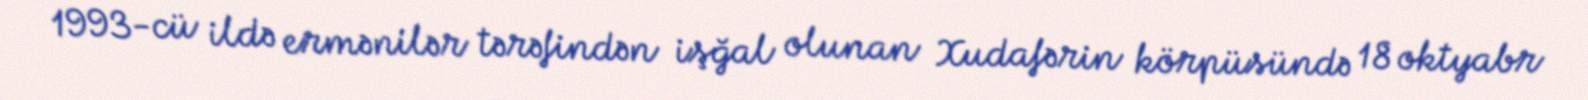
1993-cü ildə ermənilər tərəfindən işğal olunan Xudafərin körpüsündə 18 oktyabr